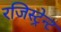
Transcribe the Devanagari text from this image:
रजिस्ट्रेन्ट